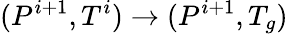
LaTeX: (P^{i+1},T^{i})\rightarrow(P^{i+1},T_{g})